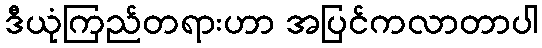
ဒီယုံကြည်တရားဟာ အပြင်ကလာတာပါ